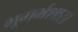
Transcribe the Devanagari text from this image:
भूगर्भशास्र